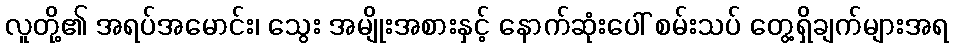
လူတို့၏ အရပ်အမောင်း၊ သွေး အမျိုးအစားနှင့် နောက်ဆုံးပေါ် စမ်းသပ် တွေ့ရှိချက်များအရ